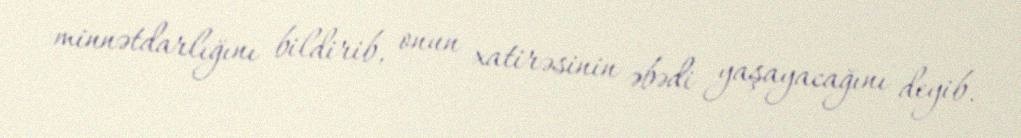
minnətdarlığını bildirib, onun xatirəsinin əbədi yaşayacağını deyib.